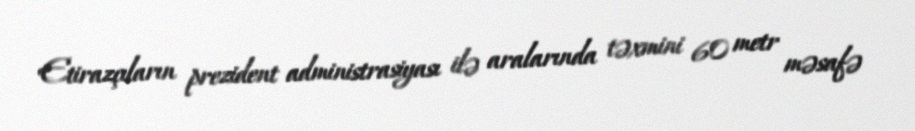
Etirazçıların prezident administrasiyası ilə aralarında təxmini 60 metr məsafə